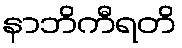
နာဘိကီရတိ